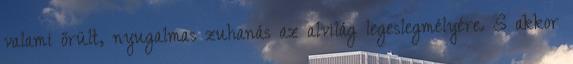
valami őrült, nyugalmas zuhanás az alvilág legeslegmélyére. S akkor